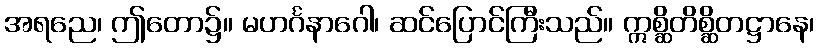
အရညေ၊ ဤတော၌။ မဟင်္ဂနာဂေါ၊ ဆင်ပြောင်ကြီးသည်။ ဣစ္ဆိတိစ္ဆိတဋ္ဌာနေ၊